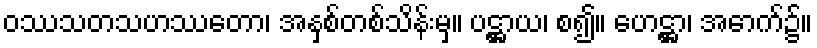
ဝဿသတသဟဿတော၊ အနှစ်တစ်သိန်းမှ။ ပဋ္ဌာယ၊ စ၍။ ဟေဋ္ဌာ၊ အောက်၌။